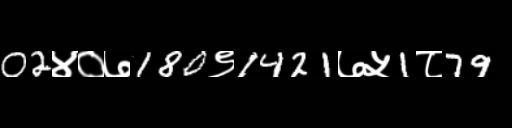
Text: 02४०७180९1421७५1८79